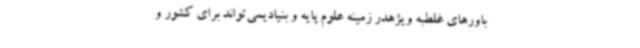
باورهای غلطبه ویژهدر زمینه علوم پایه و بنیادیمی‌تواند برای کشور و